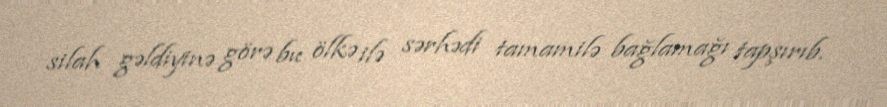
silah gəldiyinə görə bu ölkə ilə sərhədi tamamilə bağlamağı tapşırıb.